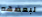
لبعضهم